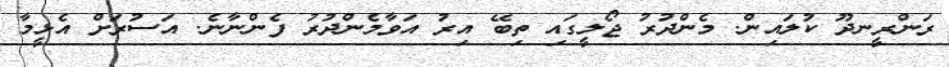
ރަންރީނދޫ ކުލައިން. މެންދުރު ޖޯލީގައި ތިބޭ އިރު އަވާމެންދުރު ފެންނާނެ. އަސުރަށް އެޅީމާ